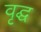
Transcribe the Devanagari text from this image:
वृद्घ